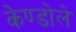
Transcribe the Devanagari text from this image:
केण्डोले